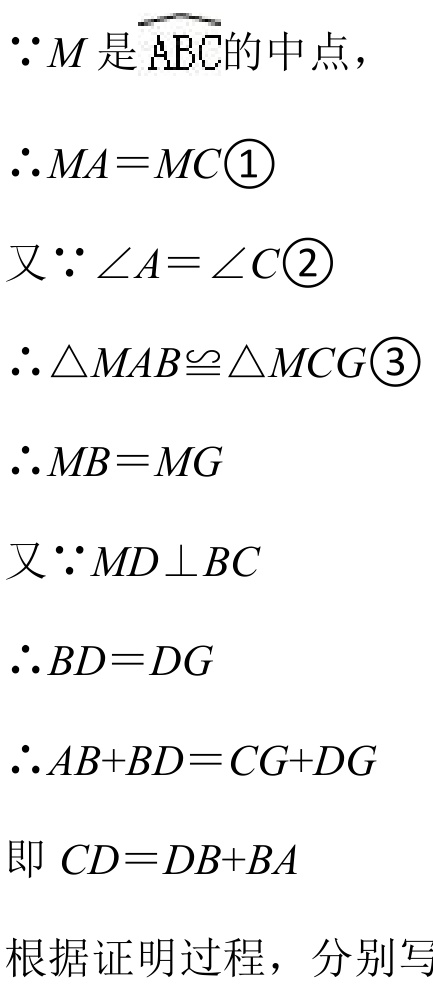
\(\because M\)是\(\overset{\frown}{ABC}\)的中点，
\(\therefore MA = MC\enclose{circle}{1}\)
又\(\because\angle A=\angle C\enclose{circle}{2}\)
\(\therefore\triangle MAB\cong\triangle MCG\enclose{circle}{3}\)
\(\therefore MB = MG\)
又\(\because MD\perp BC\)
\(\therefore BD = DG\)
\(\therefore AB + BD=CG + DG\)
即 \(CD = DB + BA\)
根据证明过程，分别写